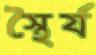
স্থৈর্য